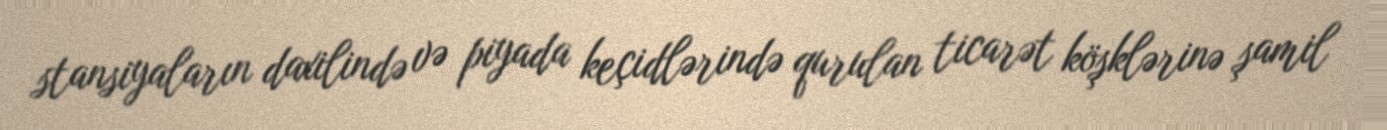
stansiyaların daxilində və piyada keçidlərində qurulan ticarət köşklərinə şamil